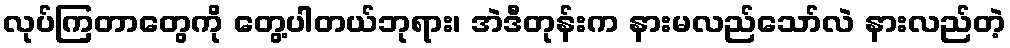
လုပ်ကြတာတွေကို တွေ့ပါတယ်ဘုရား၊ အဲဒီတုန်းက နားမလည်သော်လဲ နားလည်တဲ့